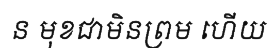
ន មុខជាមិនព្រម ហើយ